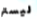
ليستر